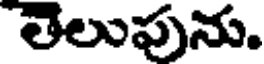
తెలుపును.